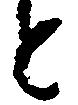
と